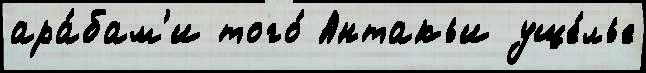
ара́бам'и того́ Антакьи уще́лье